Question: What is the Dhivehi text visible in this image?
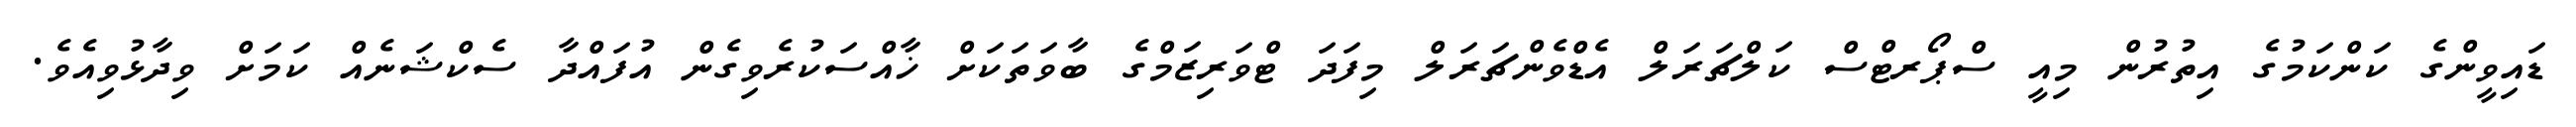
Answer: ޑައިވީންގެ ކަންކަމުގެ އިތުރުން މިއީ ސްޕޯރޓްސް ކަލްޗަރަލް އެޑްވެންޗަރަލް މިފަދަ ޓްވަރިޒަމްގެ ބާވަތަކަށް ޚާއްސަކުރެވިގެން އުފައްދާ ސެކްޝަނެއް ކަމަށް ވިދާޅުވިއެވެ.